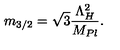
m _ { 3 / 2 } = \sqrt { 3 } \frac { \Lambda _ { H } ^ { 2 } } { M _ { P l } } .